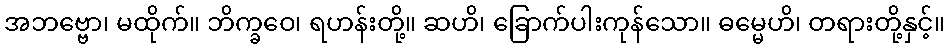
အဘဗ္ဗော၊ မထိုက်။ ဘိက္ခဝေ၊ ရဟန်းတို့။ ဆဟိ၊ ခြောက်ပါးကုန်သော။ ဓမ္မေဟိ၊ တရားတို့နှင့်။